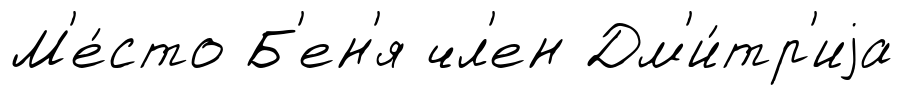
М'е́сто Б'ен'я чл'ен Дм'и́тр'иjа